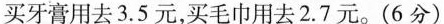
买牙膏用去3.5元，买毛巾用去2.7元。(6分)